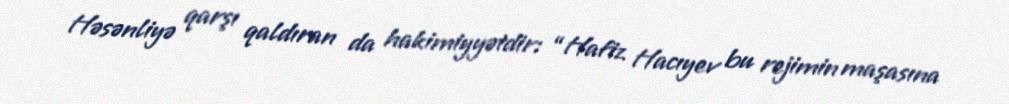
Həsənliyə qarşı qaldıran da hakimiyyətdir: “Hafiz Hacıyev bu rejimin maşasına